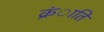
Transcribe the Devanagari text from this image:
क्रंाति